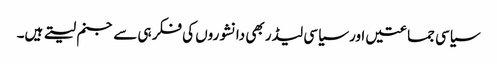
سیاسی جماعتیں اور سیاسی لیڈر بھی دانشوروں کی فکر ہی سے جنم لیتے ہیں۔